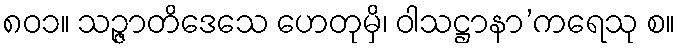
၈၀၁။ သဉ္ဇာတိဒေသေ ဟေတုမှိ၊ ဝါသဋ္ဌာနာ’ကရေသု စ။